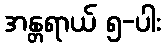
အန္တရာယ် ၅-ပါး